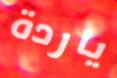
ياردة